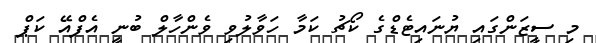
މި ސީޒަންގައި ޔުނައިޓެޑްގެ ކޯޗު ކަމާ ހަވާލުވި ވެންހާލް ބުނީ އެފްއޭ ކަޕް